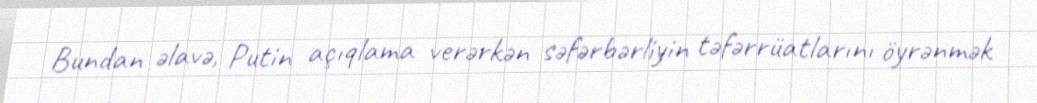
Bundan əlavə, Putin açıqlama verərkən səfərbərliyin təfərrüatlarını öyrənmək